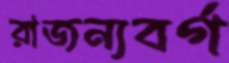
রাজন্যবর্গ